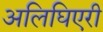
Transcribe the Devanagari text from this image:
अलिघिएरी